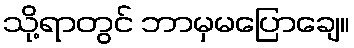
သို့ရာတွင် ဘာမှမပြောချေ။